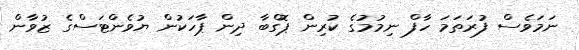
ނަމަވެސް ފުރަތަމަ ހާފް ނިމުމުގެ ކުރިން ޕޮގްބާ ދިން ޕާހަކުން ޔުވެންޓަސްގެ ޒުވާން